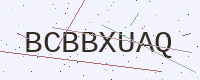
Text: BCBBXUAQ